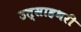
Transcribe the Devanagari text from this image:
उत्साहभरी